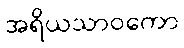
အရိယသာဝကော